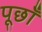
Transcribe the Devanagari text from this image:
पूछाँ